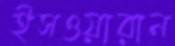
ইসওয়ারান